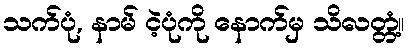
သက်ပုံ, နာမ် ငဲ့ပုံကို နောက်မှ သိလတ္တံ့။